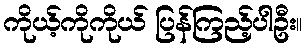
ကိုယ့်ကိုကိုယ် ပြန်ကြည့်ပါဦး။